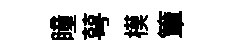
瞳萼模簟